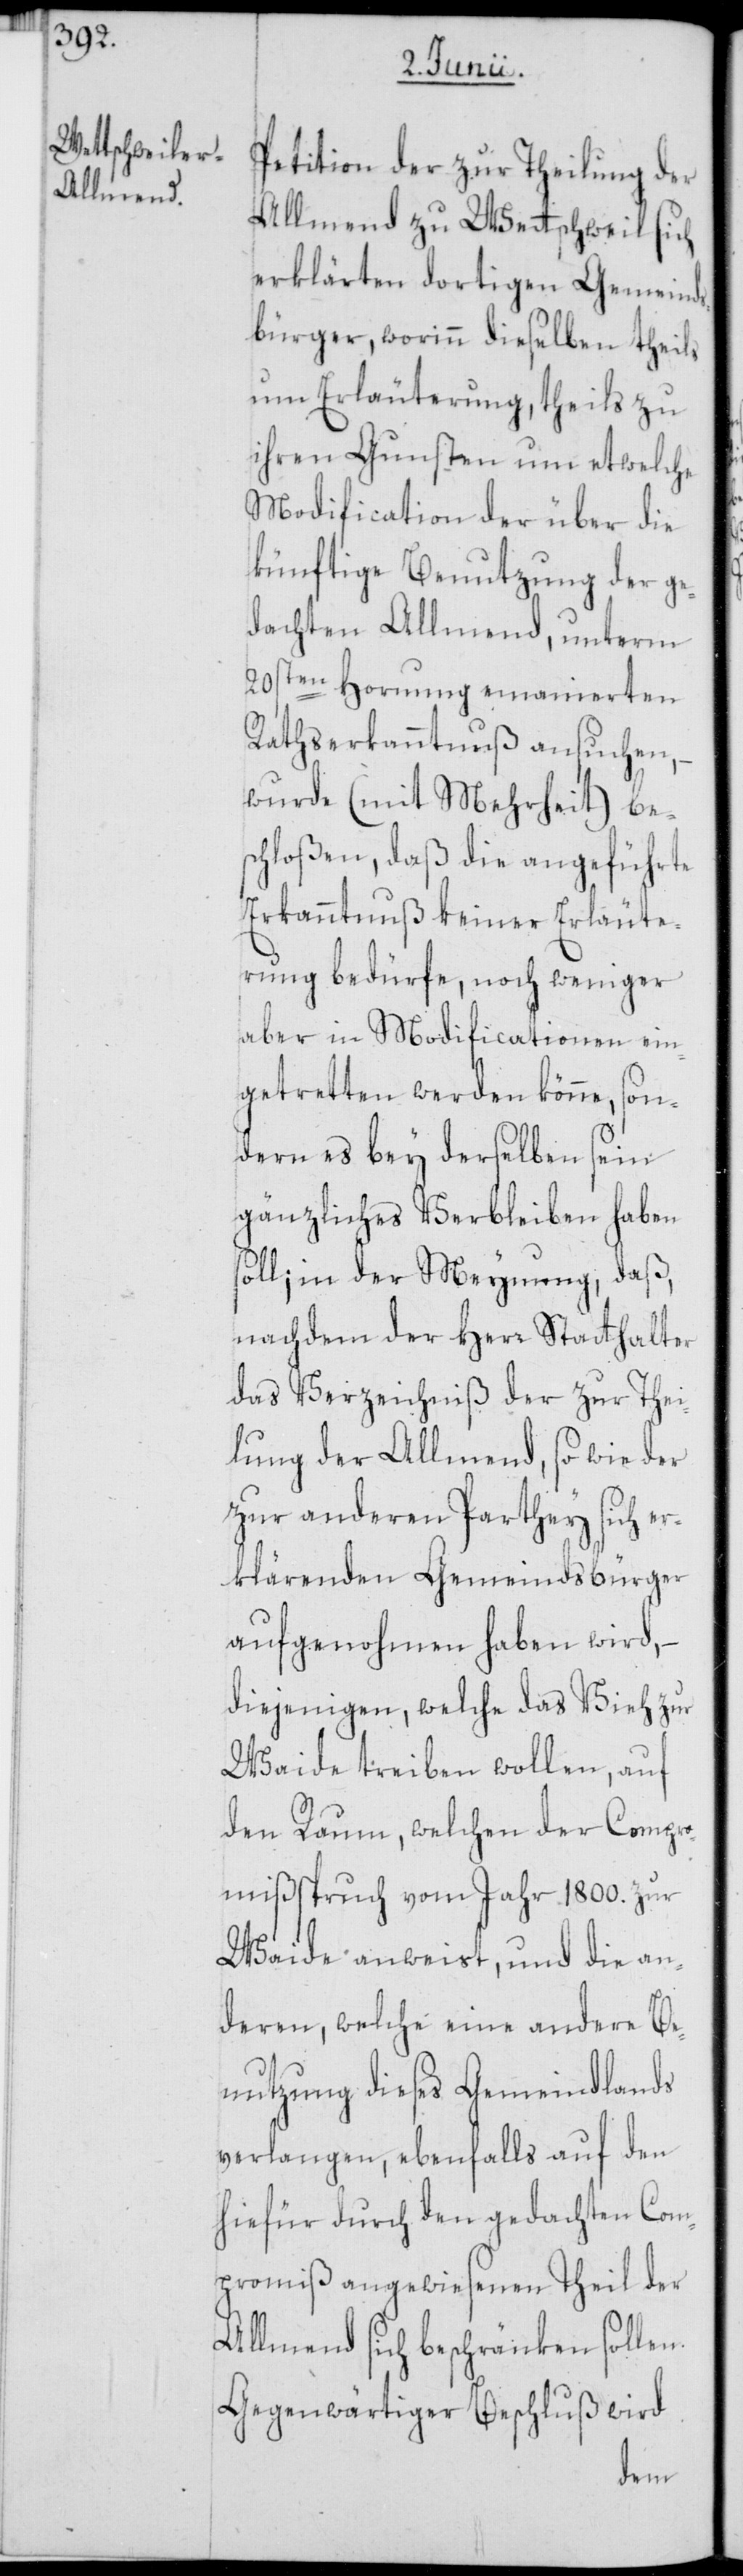
Petition der zur Theilung der
Allmend zu Wettschweil sich
erklärten dortigen Gemeinds¬
bürger, worinn dieselben theils
um Erläuterung, theils zu
ihren Gunsten um etwelche
Modification der über die
künftige Benutzung der ge¬
dachten Allmend, unterm
20sten Hornung emanierten
Rathserkanntnuß ansuchen, –
wurde (mit Mehrheit) be¬
schloßen, daß die angeführte
Erkanntnuß keiner Erläute¬
rung bedürfe, noch weniger
aber in Modificationen ein¬
getretten werden könne, son¬
dern es bey derselben sein
gänzliches Verbleiben haben
soll; in der Meynung, daß,
nachdem der Herr Statthalter
das Verzeichnis der zur Thei¬
lung der Allmend, so wie der
zur anderen Parthey sich er¬
klärenden Gemeindsbürger
aufgenohmen haben wird,
diejenigen, welche das Vieh zur
Weide treiben wollen, auf
den Raum, welchen der Compro¬
mißspruch vom Jahr 1800. zur
Waide anweist, und die an¬
deren, welche eine andere Be¬
nutzung dieses Gemeindlands
verlangen, ebenfalls auf den
hiefür durch den gedachten Com¬
promiß angewiesenen Theil der
Allmend sich beschränken sollen.
Gegenwärtiger Beschluß wird